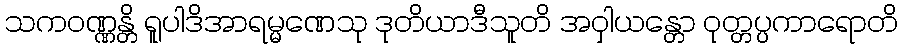
သကဝဏ္ဏန္တိ ရူပါဒိအာရမ္မဏေသု ဒုတိယာဒီသူတိ အဝှါယန္တော ဝုတ္တပ္ပကာရောတိ